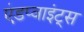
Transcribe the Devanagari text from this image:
एंडप्वाइंट्स